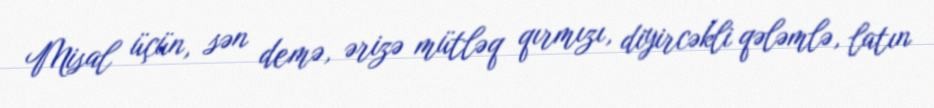
Misal üçün, sən demə, ərizə mütləq qırmızı, diyircəkli qələmlə, latın